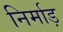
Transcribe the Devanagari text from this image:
निर्माड़